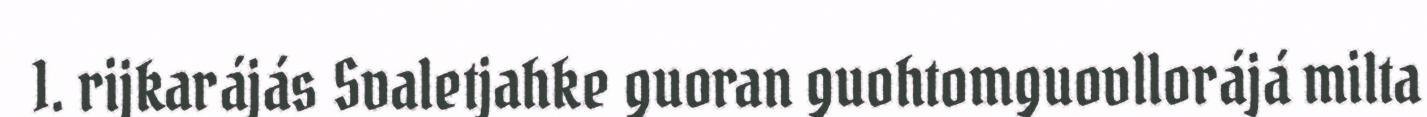
1. rijkarájás Svaletjahke guoran guohtomguovllorájá milta